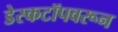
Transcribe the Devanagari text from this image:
डेस्कटॉपवरून